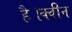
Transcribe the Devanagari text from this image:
है।क्वीन